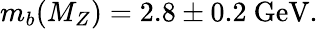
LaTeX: m_{b}(M_{Z})=2.8\pm 0.2\ \mathrm{GeV}.